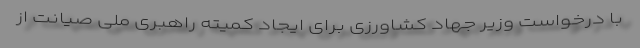
با درخواست وزیر جهاد کشاورزی برای ایجاد کمیته راهبری ملی صیانت از